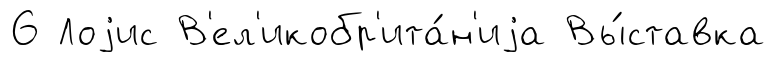
6 Лоjис В'ел'икобр'ита́н'иjа Вы́ставка